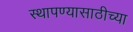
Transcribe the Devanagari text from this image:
स्थापण्यासाठीच्या